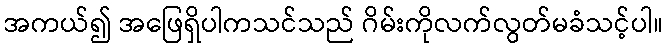
အကယ်၍ အဖြေရှိပါကသင်သည် ဂိမ်းကိုလက်လွတ်မခံသင့်ပါ။